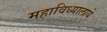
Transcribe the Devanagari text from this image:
महाविध्यालाये